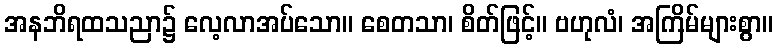
အနဘိရထသညာ၌ လေ့လာအပ်သော။ စေတသာ၊ စိတ်ဖြင့်။ ဗဟုလံ၊ အကြိမ်များစွာ။